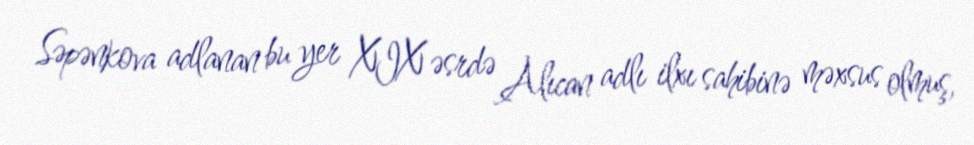
Səpənkova adlanan bu yer XIX əsrdə Alıcan adlı ilxı sahibinə məxsus olmuş,